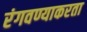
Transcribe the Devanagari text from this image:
रंगवण्याकरता